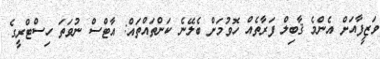
ވަޒީފާއަށް އެންމެ ޤާބިލް ފަރާތެއް ހޮވުމަށް ބެލޭނެ ކަންތައްތައް: އާޓްސް ނުވަތަ ހިސްޓްރީގެ